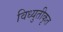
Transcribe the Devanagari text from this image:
विध्युतीकृत